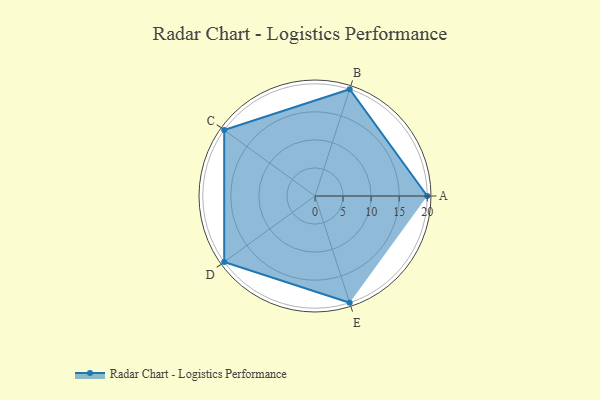
{"axis": {"x": "Skill", "y": "Score"}, "legend": ["Profile"], "data": [{"x": "A", "y": 20, "type": "Profile"}, {"x": "B", "y": 20, "type": "Profile"}, {"x": "C", "y": 20, "type": "Profile"}, {"x": "D", "y": 20, "type": "Profile"}, {"x": "E", "y": 20, "type": "Profile"}]}